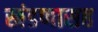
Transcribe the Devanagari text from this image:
खंडणासह